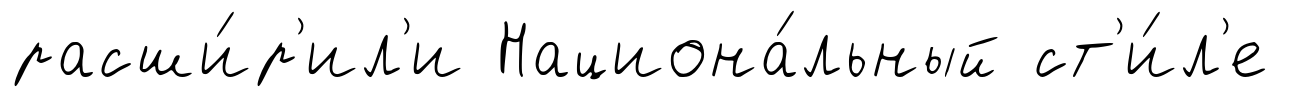
расши́р'ил'и Национа́льный ст'и́л'е